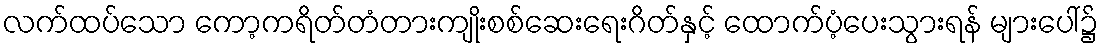
လက်ထပ်သော ကော့ကရိတ်တံတားကျိုးစစ်ဆေးရေးဂိတ်နှင့် ထောက်ပံ့ပေးသွားရန် များပေါ်၌